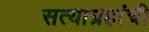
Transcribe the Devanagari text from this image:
सत्याग्रहांची